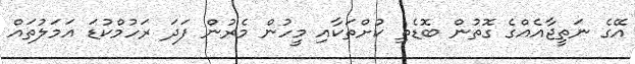
އޭގެ ނަތީޖާއެއްގެ ގޮތުން ބޮޑެތި ކުށްތަކާއި މީހުން މެރުން ފަދަ ރަހުމްކުޑަ އަމަލުތައް